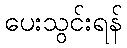
ပေးသွင်းရန်